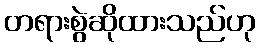
တရားစွဲဆိုထားသည်ဟု